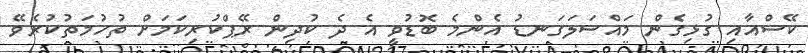
ކޭސްއާއި ގުޅިގެން މައްސަލަގަނޑު އެންމެ ބޮޑުވީ އެ ދެ ކުދިން ރޭޕްކުރިކަމަށް ތުހުމަތުކުރެވޭ